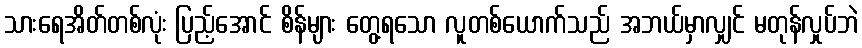
သားရေအိတ်တစ်လုံး ပြည့်အောင် စိန်များ တွေ့ရသော လူတစ်ယောက်သည် အဘယ်မှာလျှင် မတုန်လှုပ်ဘဲ